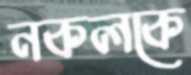
নকলকে